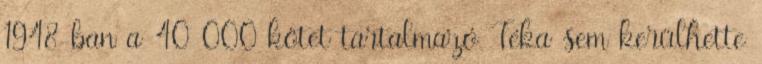
1948-ban a 40 000 kötet tartalmazó Téka sem kerülhette